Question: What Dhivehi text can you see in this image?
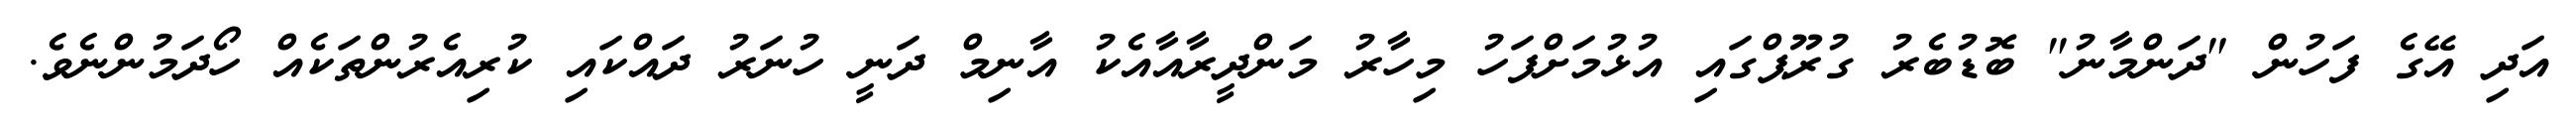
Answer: އަދި އޭގެ ފަހުން "ދަންމާނު" ބޮޑުބެރު ގުރޫޕްގައި އުޅުމަށްފަހު މިހާރު މަންދީރާއާއެކު އާނިމް ދަނީ ހުނަރު ދައްކައި ކުރިއެރުންތަކެއް ހޯދަމުންނެވެ.